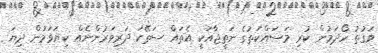
ވަގުތު ހޯދަމުން ކުރި މަސައްކަތުގެ ނަތީޖާއަކީ އެތައް ސަތޭކަ ދަރިވަރުންނެއް ކިޔަވަމުން ދިޔަ